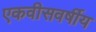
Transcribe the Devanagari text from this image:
एकवीसवर्षीय